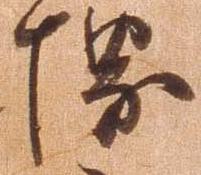
堺